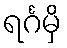
ရင်္ဂမှိ